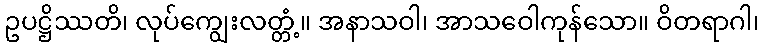
ဥပဋ္ဌိဿတိ၊ လုပ်ကျွေးလတ္တံ့။ အနာသဝါ၊ အာသဝေါကုန်သော။ ဝိတရာဂါ၊